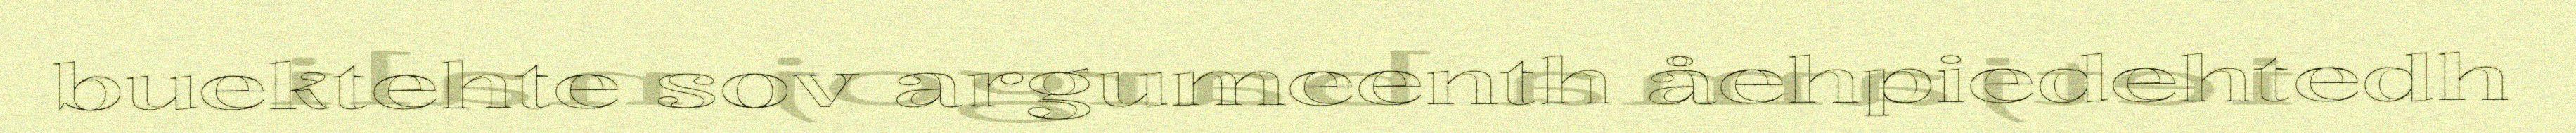
buektehte sov argumeenth åehpiedehtedh